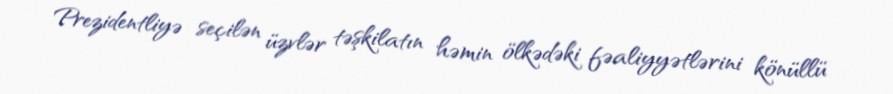
Prezidentliyə seçilən üzvlər təşkilatın həmin ölkədəki fəaliyyətlərini könüllü